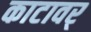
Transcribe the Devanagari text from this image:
काटावर्